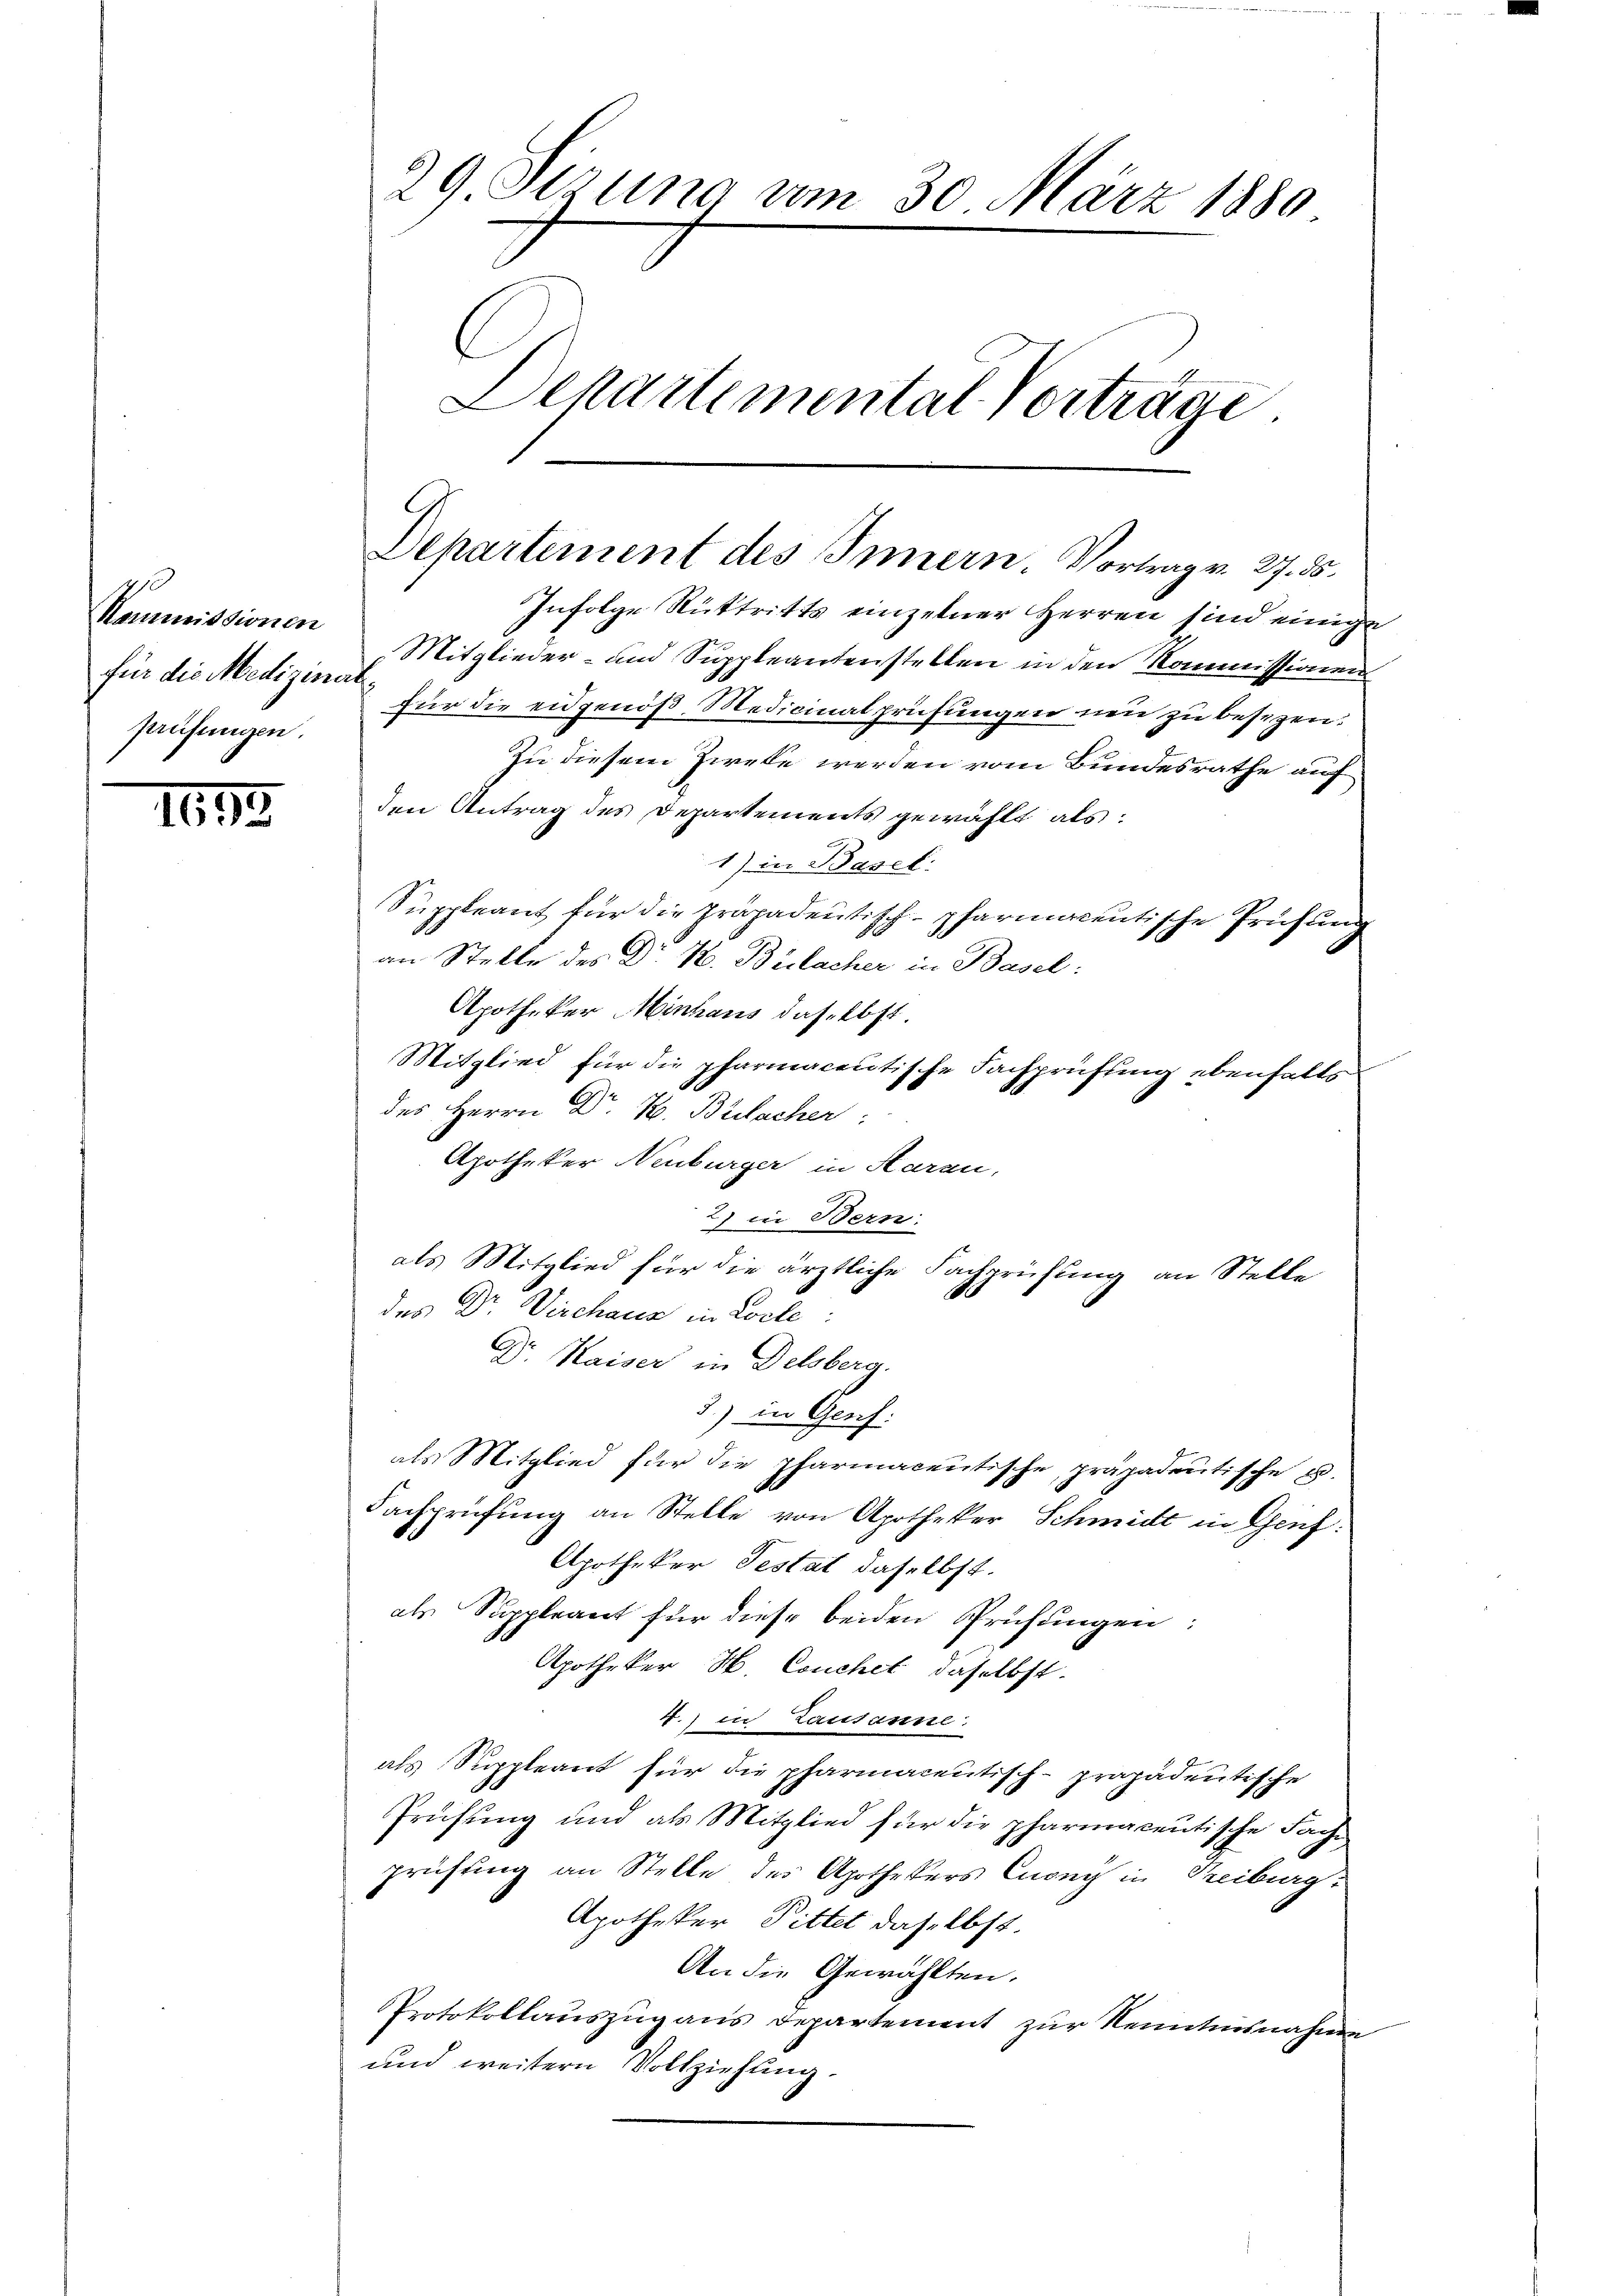
omicionen
für die Medizinal
prüfungen.

1695

Infolge Rüttritts einzelner Herren sind einige
Mitglieder- und Suppleantenstellen in den Kommissionen
für die eidgenöß, Medicinalprüfungen neu zu besezen.
Zu diesem Zweke werden vom Bundesrathe auf
den Antrag des Departements gewählt als:
1) in Basel.
Suppleant für die präpadentisch-pharmacentische Prüfŭng
an Stelle des Dr H. Bülacher in Basel:
Apotheker Minhaus daselbst.
Mitglied für die pharmacentische Fachprüfung ebenfalls
des Herrn Dr H. Bülacher:
Apotheker Neuburger in Haran,
2) in Bern:
als Mitglied für die ärztliche Fachprüfung an Stelle
des Dr. Werchaus in Lode:
Dr. Kaiser in Delsberg.
3.) in Genf
als Mitglied für die pharmacentische, präpadentische u.
Fachprüfung an Stelle von Apotheker Schmitt in Geif:
Apotheker Testat daselbst.
als Suppleant für diese beiden Prüfungen:
Apotheker H. Couchet, daselbst.
4. in Lausanne:
als Suppleant für die pharmacentisch-präpadentische
Prüfung und als Mitglied für die pharmacentische Fachprüfung an Stelle des Apothekers Cuony in Treiburg.
Apotheker Pittel daselbst.
An die Gewählten.
PProtokollauszug aus Departement zur Kenntnisnahme
und weitern Vollziehung.

29 Strung vom 30. März 1880
Departemental Vorträge

Departement des Innern. Vortrag v. 27. ds.